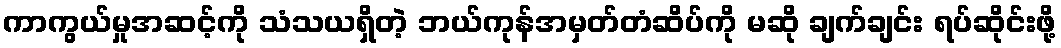
ကာကွယ်မှုအဆင့်ကို သံသယရှိတဲ့ ဘယ်ကုန်အမှတ်တံဆိပ်ကို မဆို ချက်ချင်း ရပ်ဆိုင်းဖို့